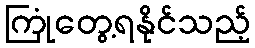
ကြုံတွေ့ရနိုင်သည့်